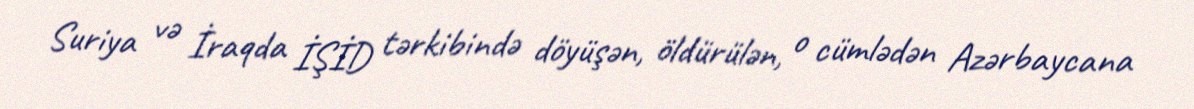
Suriya və İraqda İŞİD tərkibində döyüşən, öldürülən, o cümlədən Azərbaycana